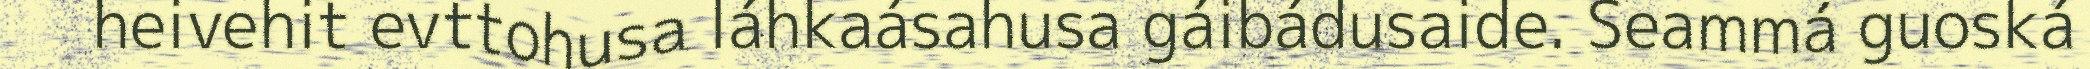
heivehit evttohusa láhkaásahusa gáibádusaide. Seammá guoská